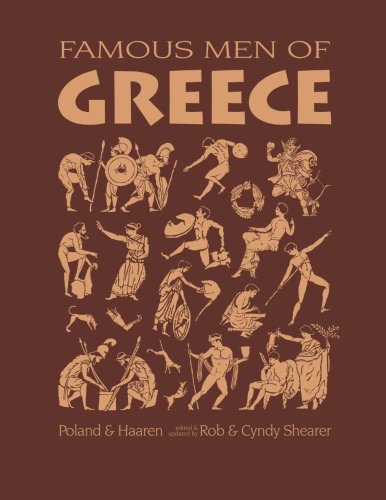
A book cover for Famous Men of Greece (Greenleaf Press); John H Haaren; Biographies & Memoirs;